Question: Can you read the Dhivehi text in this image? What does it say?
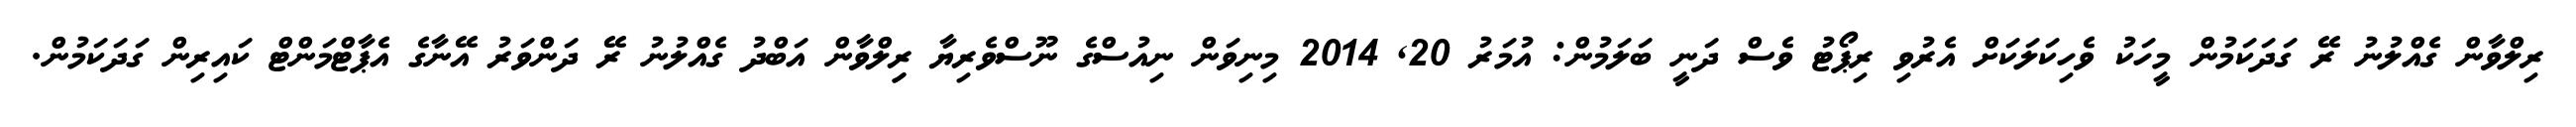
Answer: ރިލްވާން ގެއްލުނު ރޭ ގަދަކަމުން މީހަކު ވެހިކަލަކަށް އެރުވި ރިޕޯޓު ވެސް ދަނީ ބަލަމުން: އުމަރު 20, 2014 މިނިވަން ނިއުސްގެ ނޫސްވެރިޔާ ރިިލްވާން އަބްދު ގެއްލުނު ރޭ ދަންވަރު އޭނާގެ އެޕާޓްމަންޓް ކައިރިން ގަދަކަމުން.